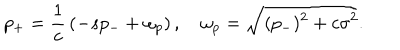
LaTeX: p _ { + } = { \frac { 1 } { c } } \left( - s p _ { - } + \omega _ { p } \right) , \quad \omega _ { p } = \sqrt { ( p _ { - } ) ^ { 2 } + c \sigma ^ { 2 } } .